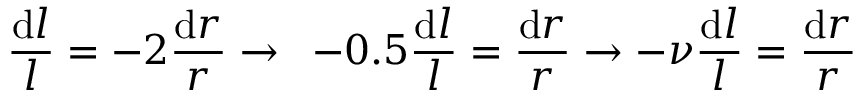
\frac { \mathrm { d } l } { l } = - 2 \frac { \mathrm { d } r } { r } \rightarrow \enspace - 0 . 5 \frac { \mathrm { d } l } { l } = \frac { \mathrm { d } r } { r } \rightarrow - \nu \frac { \mathrm { d } l } { l } = \frac { \mathrm { d } r } { r }